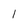
Character: 1